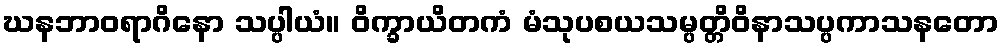
ဃနဘာဝရာဂိနော သပ္ပါယံ။ ဝိက္ခာယိတကံ မံသုပစယသမ္ပတ္တိဝိနာသပ္ပကာသနတော